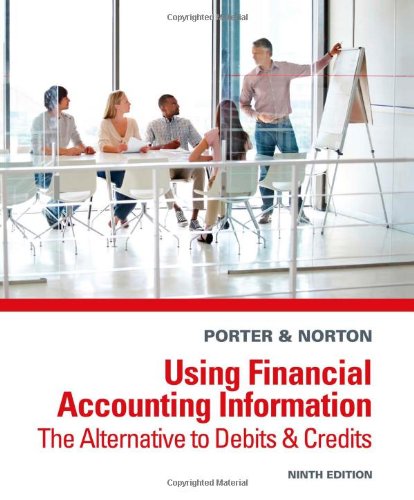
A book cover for Using Financial Accounting Information: The Alternative to Debits and Credits; Gary A. Porter; Business & Money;